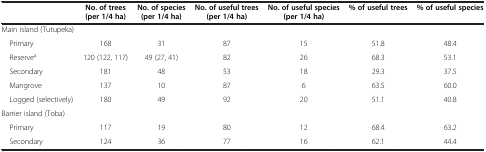
<table><thead><tr><td><b> </b></td><td><b>No. of trees (per 1/4 ha)</b></td><td><b>No. of species (per 1/4 ha)</b></td><td><b>No. of useful trees (per 1/4 ha)</b></td><td><b>No. of useful species (per 1/4 ha)</b></td><td><b>% of useful trees</b></td><td><b>% of useful species</b></td></tr></thead><tbody><tr><td>Main island (Tutupeka)</td><td> </td><td> </td><td> </td><td> </td><td> </td><td> </td></tr><tr><td> Primary</td><td>168</td><td>31</td><td>87</td><td>15</td><td>51.8</td><td>48.4</td></tr><tr><td> Reserve<sup>a</sup></td><td>120 (122, 117)</td><td>49 (27, 41)</td><td>82</td><td>26</td><td>68.3</td><td>53.1</td></tr><tr><td> Secondary</td><td>181</td><td>48</td><td>53</td><td>18</td><td>29.3</td><td>37.5</td></tr><tr><td> Mangrove</td><td>137</td><td>10</td><td>87</td><td>6</td><td>63.5</td><td>60.0</td></tr><tr><td> Logged (selectively)</td><td>180</td><td>49</td><td>92</td><td>20</td><td>51.1</td><td>40.8</td></tr><tr><td>Barrier island (Toba)</td><td> </td><td> </td><td> </td><td> </td><td> </td><td> </td></tr><tr><td> Primary</td><td>117</td><td>19</td><td>80</td><td>12</td><td>68.4</td><td>63.2</td></tr><tr><td> Secondary</td><td>124</td><td>36</td><td>77</td><td>16</td><td>62.1</td><td>44.4</td></tr></tbody></table>